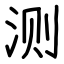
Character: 测